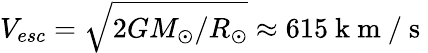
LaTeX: V_{esc}=\sqrt{2GM_{\odot}/R_{\odot}}\approx 615\mathrm{~k~m~/~s~}